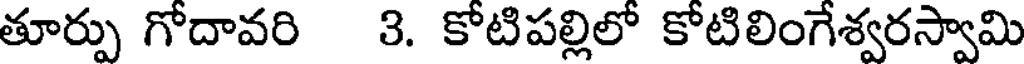
తూర్పు గోదావరి 3. కోటిపల్లిలో కోటిలింగేశ్వరస్వామి